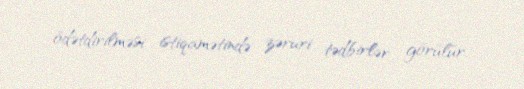
ödətdirilməsi istiqamətində zəruri tədbirlər görülür.